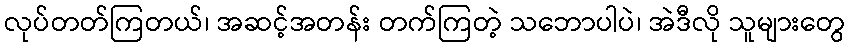
လုပ်တတ်ကြတယ်၊ အဆင့်အတန်း တက်ကြတဲ့ သဘောပါပဲ၊ အဲဒီလို သူများတွေ